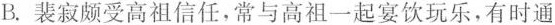
B.裴寂颇受高祖信任，常与高祖一起宴饮玩乐，有时通